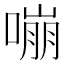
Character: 嘣